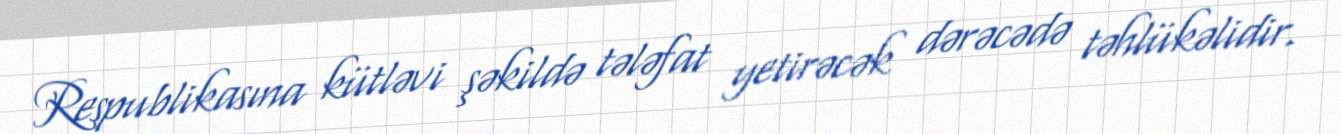
Respublikasına kütləvi şəkildə tələfat yetirəcək dərəcədə təhlükəlidir.